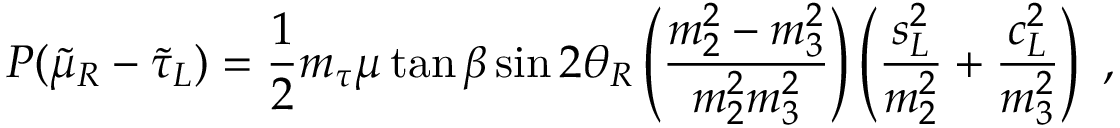
P ( \tilde { \mu } _ { R } - \tilde { \tau } _ { L } ) = \frac { 1 } { 2 } m _ { \tau } \mu \tan \beta \sin 2 \theta _ { R } \left( \frac { m _ { 2 } ^ { 2 } - m _ { 3 } ^ { 2 } } { m _ { 2 } ^ { 2 } m _ { 3 } ^ { 2 } } \right) \left( \frac { s _ { L } ^ { 2 } } { m _ { 2 } ^ { 2 } } + \frac { c _ { L } ^ { 2 } } { m _ { 3 } ^ { 2 } } \right) \ ,